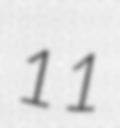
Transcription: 11